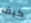
كيف